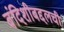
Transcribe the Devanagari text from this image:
बंदिशीबद्दलची